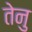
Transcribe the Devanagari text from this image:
तेनु